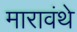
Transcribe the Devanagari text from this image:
मारावंथे